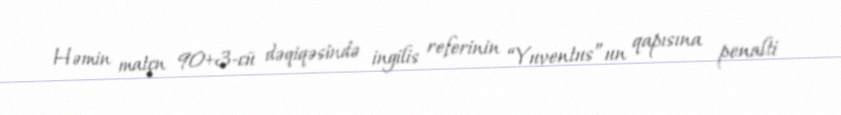
Həmin matçn 90+3-cü dəqiqəsində ingilis referinin “Yuventus”un qapısına penalti